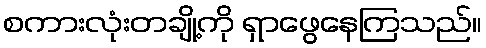
စကားလုံးတချို့ကို ရှာဖွေနေကြသည်။